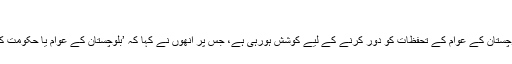
‘
اُن سے پوچھا گیا کہ کیا اُن کی دانست میں وفاقی حکومت کی سطح پر بلوچستان کے عوام کے تحفظات کو دور کرنے کے لیے کوشش ہورہی ہے، جس پر اُنھوں نے کہا کہ ’بلوچستان کے عوام یا حکومت کہتی ہے کہ سوائے علیحدگی کے، ہم ہر موضوع پر بات کرنا چاہتے ہیں۔